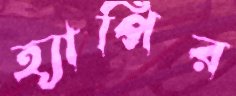
হ্যাপির